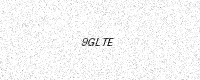
Text: 9GLTE